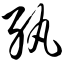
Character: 纨